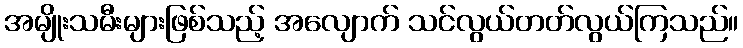
အမျိုးသမီးများဖြစ်သည့် အလျောက် သင်လွယ်တတ်လွယ်ကြသည်။